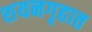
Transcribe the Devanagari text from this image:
शयनगृहात